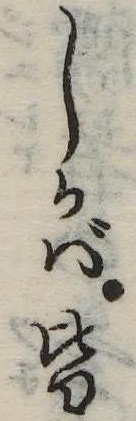
しかば皆